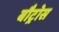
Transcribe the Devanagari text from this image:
बौट्रोस